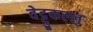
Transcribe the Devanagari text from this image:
वेट्टुकल्लु